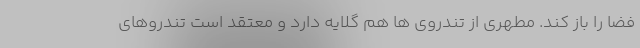
فضا را باز کند. مطهری از تندروی ها هم گلایه دارد و معتقد است تندروهای